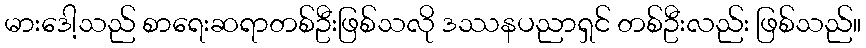
မားဒေါ့သည် စာရေးဆရာတစ်ဦးဖြစ်သလို ဒဿနပညာရှင် တစ်ဦးလည်း ဖြစ်သည်။